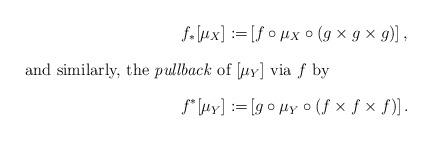
LaTeX: \begin{align*} f_* [\mu_X] :=& \left[f \circ \mu_X \circ (g \times g \times g) \right], \\ \intertext{and similarly, the \emph{pullback} of $[\mu_Y]$ via $f$ by} f^* [\mu_Y] :=& \left[g \circ \mu_Y \circ (f \times f \times f) \right]. \end{align*}